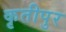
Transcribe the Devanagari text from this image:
कृतीपुर